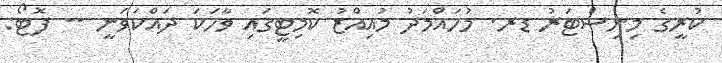
ކުރީގެ މިނިސްޓަރު ޑރ. މުހައްމަދު މުއިއްޒު ކޮމިޓީގައި ވާހަކަ ދައްކަވަނީ -- ފޮޓޯ: